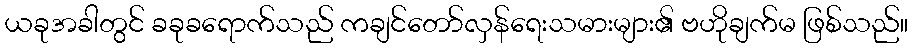
ယခုအခါတွင် ခခုခရောက်သည် ကချင်တော်လှန်ရေးသမားများ၏ ဗဟိုချက်မ ဖြစ်သည်။